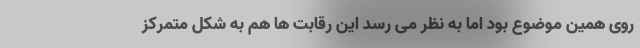
روی همین موضوع بود اما به نظر می رسد این رقابت ها هم به شکل متمرکز